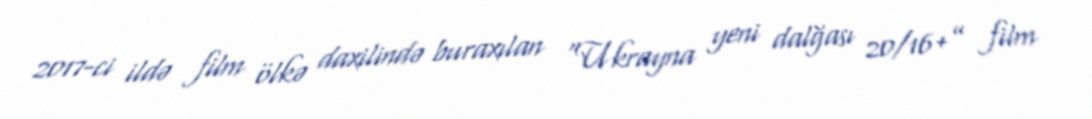
2017-ci ildə film ölkə daxilində buraxılan “Ukrayna yeni dalğası 20/16+” film